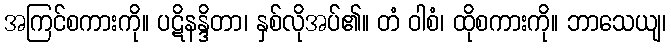
အကြင်စကားကို။ ပဋိနန္ဒိတာ၊ နှစ်လိုအပ်၏။ တံ ဝါစံ၊ ထိုစကားကို။ ဘာသေယျ၊